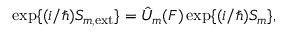
\mathrm { e x p } \{ ( i / \hbar ) S _ { m , \mathrm { e x t } } \} = \hat { U } _ { m } ( F ) \, \mathrm { e x p } \{ ( i / \hbar ) S _ { m } \} ,